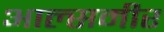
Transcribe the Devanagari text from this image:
आल्समीर